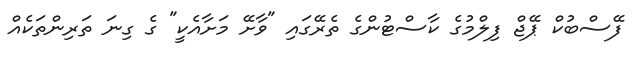
ފޭސްބުކް ޕޭޖް ފިލްމުގެ ކާސްޓުންގެ ތެރޭގައި "ވާށޭ މަށާއެކީ" ގެ ގިނަ ތަރިންތަކެއް